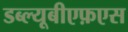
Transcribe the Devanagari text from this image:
डब्ल्यूबीएफ़एस